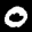
Label: 0